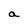
Character: a